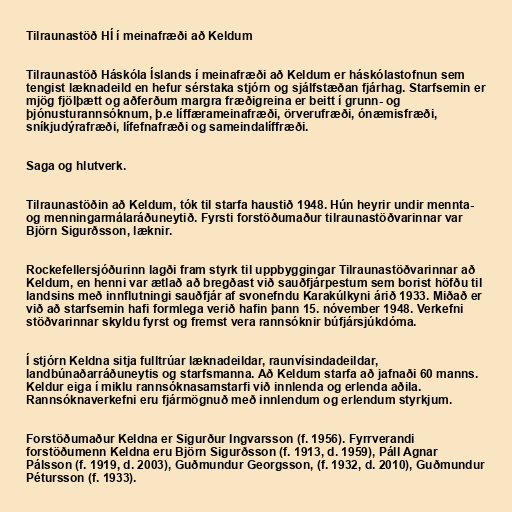
Tilraunastöð HÍ í meinafræði að Keldum

Tilraunastöð Háskóla Íslands í meinafræði að Keldum er háskólastofnun sem
tengist læknadeild en hefur sérstaka stjórn og sjálfstæðan fjárhag. Starfsemin er
mjög fjölþætt og aðferðum margra fræðigreina er beitt í grunn- og
þjónusturannsóknum, þ.e líffærameinafræði, örverufræði, ónæmisfræði,
sníkjudýrafræði, lífefnafræði og sameindalíffræði.

Saga og hlutverk.

Tilraunastöðin að Keldum, tók til starfa haustið 1948. Hún heyrir undir mennta-
og menningar­mála­ráðuneytið. Fyrsti forstöðumaður tilraunastöðvarinnar var
Björn Sigurðsson, læknir.

Rockefellersjóðurinn lagði fram styrk til uppbyggingar Tilraunastöðvarinnar að
Keldum, en henni var ætlað að bregðast við sauðfjárpestum sem borist höfðu til
landsins með innflutningi sauðfjár af svonefndu Karakúlkyni árið 1933. Miðað er
við að starfsemin hafi formlega verið hafin þann 15. nóvember 1948. Verkefni
stöðvarinnar skyldu fyrst og fremst vera rannsóknir búfjársjúkdóma.

Í stjórn Keldna sitja fulltrúar læknadeildar, raunvísindadeildar,
landbúnaðarráðuneytis og starfsmanna. Að Keldum starfa að jafnaði 60 manns.
Keldur eiga í miklu rannsóknasamstarfi við innlenda og erlenda aðila.
Rannsóknaverkefni eru fjármögnuð með innlendum og erlendum styrkjum.

Forstöðumaður Keldna er Sigurður Ingvarsson (f. 1956). Fyrrverandi
forstöðumenn Keldna eru Björn Sigurðsson (f. 1913, d. 1959), Páll Agnar
Pálsson (f. 1919, d. 2003), Guðmundur Georgsson, (f. 1932, d. 2010), Guðmundur
Pétursson (f. 1933).